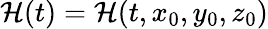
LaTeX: \mathcal{H}(t)=\mathcal{H}(t,x_{0},y_{0},z_{0})